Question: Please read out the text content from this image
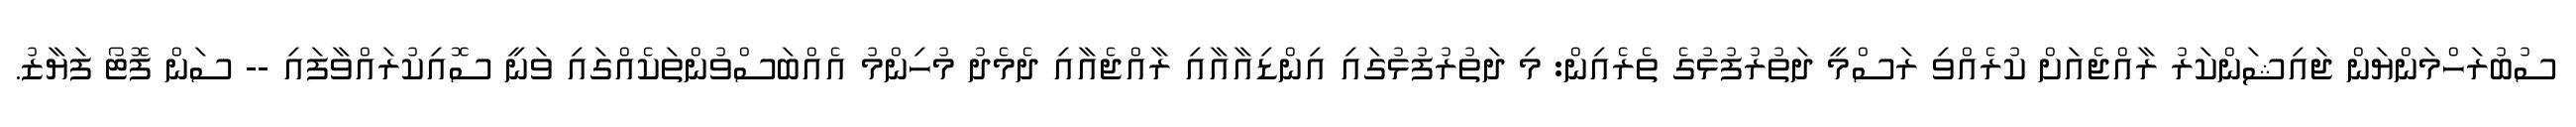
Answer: ސުބުރަހްމަންޔަން ޖައިޝަންކަރު ރާއްޖެއަށް ކުރެއްވި ރަސްމީ ދަތުރުފުޅުގެ ތެރެއިން: މި ދަތުރުފުޅުގައި އިންޑިއާއާއި ރާއްޖެއާއި ދެމެދު މުހިންމު އެއްބަސްވުންތަކެއްގައި ވަނީ ސޮއިކުރައްވާފައި -- ސަން ފޮޓޯ ފަޔާޒު.